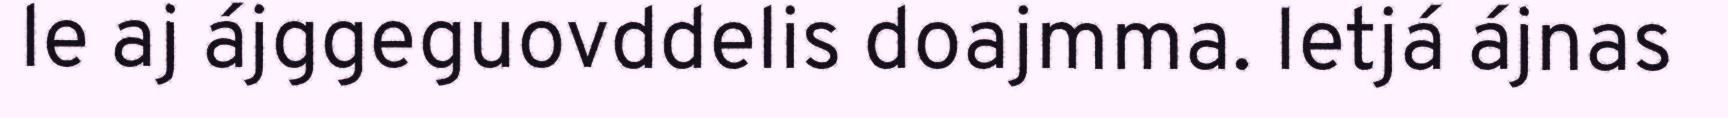
le aj ájggeguovddelis doajmma. Ietjá ájnas